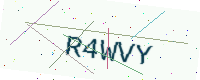
Text: R4WVY